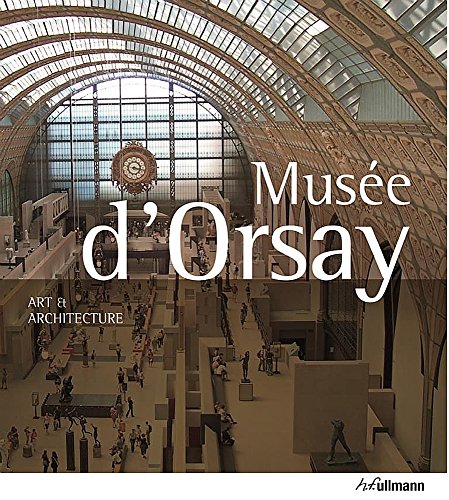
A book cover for Art & Architecture Musse D'Orsay; PeterJ. GÃ¤rtner; Arts & Photography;